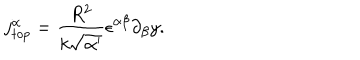
j _ { t o p } ^ { \alpha } = \frac { R ^ { 2 } } { k \sqrt { \alpha ^ { \prime } } } \epsilon ^ { \alpha \beta } \partial _ { \beta } y .